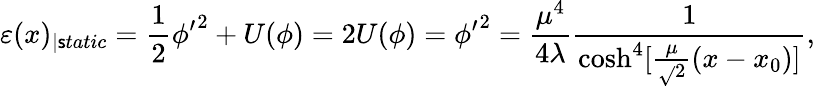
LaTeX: \varepsilon(x)_{\mid\mathsf{s}tatic}=\frac{{1}}{{2}}\phi{'}^{2}+U(\phi)=2U(\phi)=\phi{'}^{2}=\frac{{\mu^{4}}}{{4\lambda}}\frac{{1}}{{\cosh^{4}[\frac{{\mu}}{{\sqrt{}{{2}}}}(x-x_{0})]}},